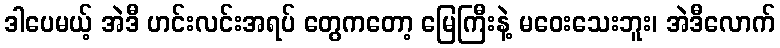
ဒါပေမယ့် အဲဒီ ဟင်းလင်းအရပ် တွေကတော့ မြေကြီးနဲ့ မဝေးသေးဘူး၊ အဲဒီလောက်